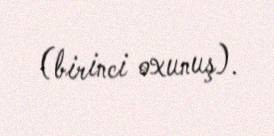
(birinci oxunuş).